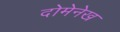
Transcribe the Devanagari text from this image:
दोमेनेख